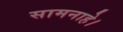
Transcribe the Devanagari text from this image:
सामनाहे।